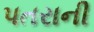
પતરાની